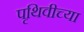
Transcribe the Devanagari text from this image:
पृथिवीच्या